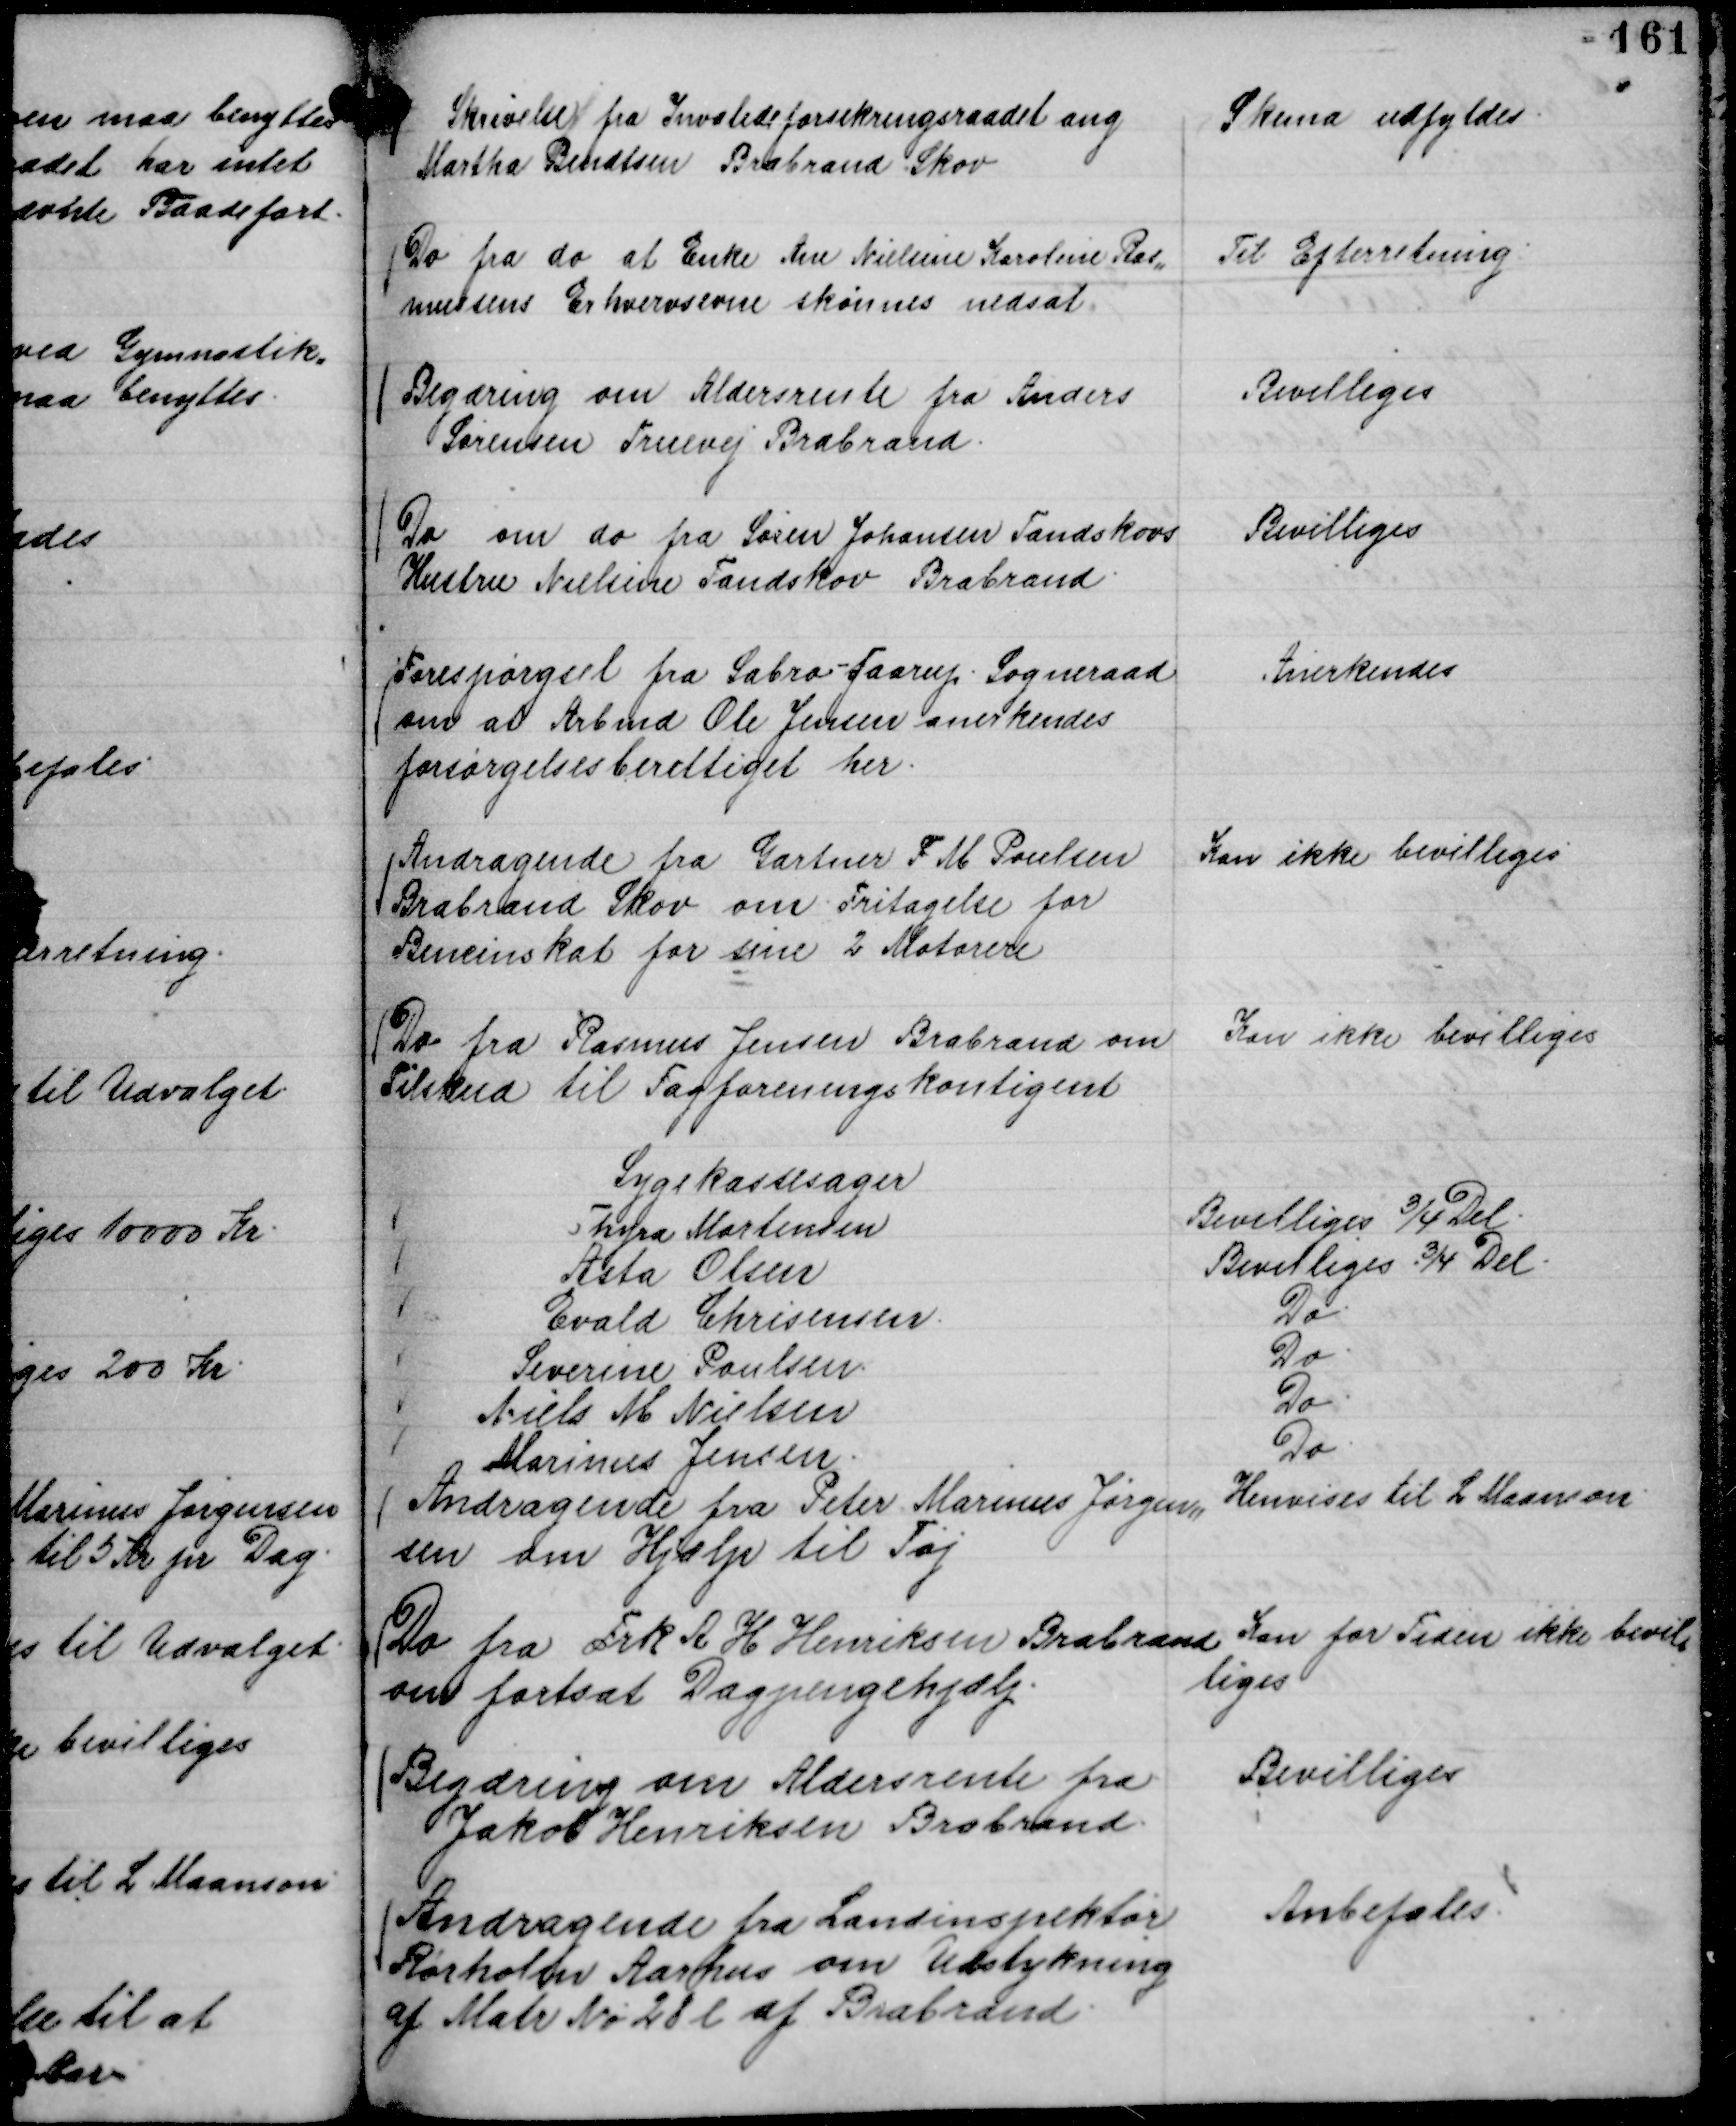
Transskription:
Skrivelse fra Invalideforsikringsraadet ang
Martha Bendtsen Brabrand Skov

Skema udfyldes.

Do fra do at Enke Ane Nielsine Karoline Ras,,
mussens Erhvervsevne skønnes nedsat.

Til Efterretning.

Begæring om Aldersrente fra Anders
Sørensen Truevej Brabrand.

Bevilliges

Do om do fra Søren Johansen Tandskovs
Hustru Nielsine Tandskov Brabrand.

Bevilliges

Forespørgsel fra Sabro - Faarup . Sogneraad
om at Arbmd Ole Jensen anerkendes
forsørgelsesberettiget her.

Anerkendes

Andragende fra Gartner F M Poulsen
Brabrand Skov om Fritagelse for
Bencinskat for sine 2 Motorere

Kan ikke bevilliges

Do fra Rasmus Jensen Brabrand om
Tilskud til Fagforeningskontigent

Kan ikke bevilliges

Sygekassesager
Thyra Mortensen
Bevilliges ¾ Del.
Asta Olsen
Bevilliges ¾ Del.
Evald Chrisensen.
Do.
Severine Poulsen.
Do.
Niels M Nielsen
Do.
Marinus Jensen.
Do.

Andragende fra Peter Marinus Jørgen,,
sen om Hjælp til Tøj

Henvises til L Maanson.

Do fra Frk A H Henriksen Brabrand
om fortsat Dagpengehjælp.

Kan for Tiden ikke bevil,,
liges

Begæring om Aldersrente fra
Jakob Henriksen Brabrand.

Bevilliges

Andragende fra Landinspektør
Rørholm Aarhus om Udstykning
af Matr No 28 l af Brabrand.

Anbefales.